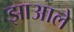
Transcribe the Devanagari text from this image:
झाआले